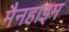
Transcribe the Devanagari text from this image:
मैनहाइम